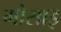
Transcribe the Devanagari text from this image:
गोसाइ